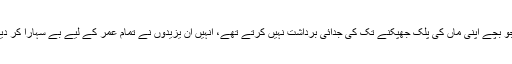
جو بچے اپنی ماں کی پلک جھپکنے تک کی جدائی برداشت نہیں کرتے تھے، انہیں ان یزیدوں نے تمام عمر کے لیے بے سہارا کر دیا۔